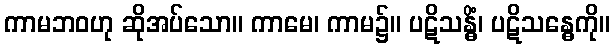
ကာမဘဝဟု ဆိုအပ်သော။ ကာမေ၊ ကာမ၌။ ပဋိသန္ဓိံ၊ ပဋိသန္ဓေကို။